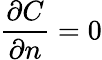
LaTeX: \displaystyle{\frac{\partial C}{\partial n}=0}